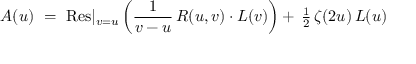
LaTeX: A ( u ) ~ = ~ \mathrm { R e s } \vert _ { v = u } ^ { } \left( { \frac { 1 } { v - u } } \, R ( u , v ) \cdot L ( v ) \right) + \, { \textstyle { \frac { 1 } { 2 } } } \, \zeta ( 2 u ) \, L ( u )